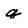
Character: q